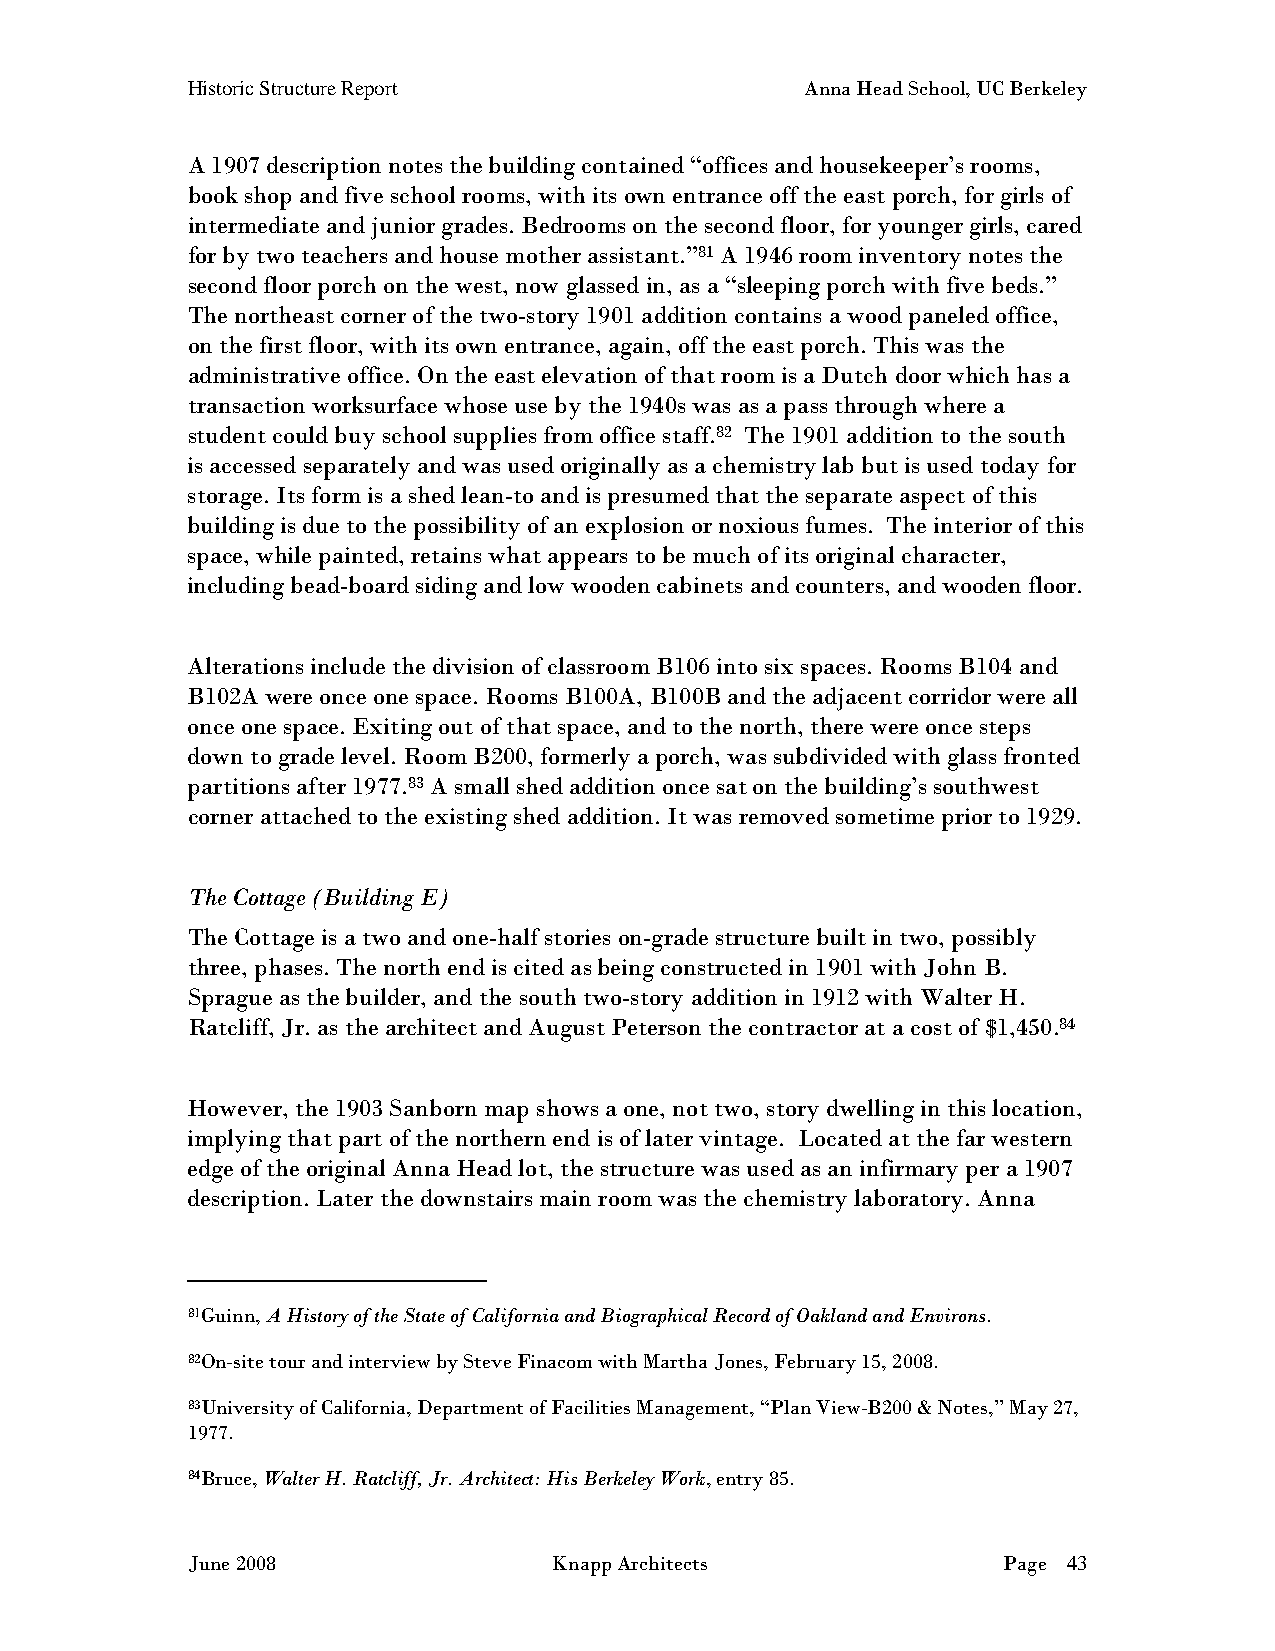
Historic Structure Report                Anna Head School, UC Berkeley
 A 1907 description notes the building contained “offices and housekeeper’s rooms,
 book shop and five school rooms, with its own entrance off the east porch, for girls of
 intermediate and junior grades. Bedrooms on the second floor, for younger girls, cared
 for by two teachers and house mother assistant.”81 A 1946 room inventory notes the
 second floor porch on the west, now glassed in, as a “sleeping porch with five beds.”
 The northeast corner of the two-story 1901 addition contains a wood paneled office,
 on the first floor, with its own entrance, again, off the east porch. This was the
 administrative office. On the east elevation of that room is a Dutch door which has a
 transaction worksurface whose use by the 1940s was as a pass through where a
 student could buy school supplies from office staff.82 The 1901 addition to the south
 is accessed separately and was used originally as a chemistry lab but is used today for
 storage. Its form is a shed lean-to and is presumed that the separate aspect of this
 building is due to the possibility of an explosion or noxious fumes. The interior of this
 space, while painted, retains what appears to be much of its original character,
 including bead-board siding and low wooden cabinets and counters, and wooden floor.
 Alterations include the division of classroom B106 into six spaces. Rooms B104 and
 B102A were once one space. Rooms B100A, B100B and the adjacent corridor were all
 once one space. Exiting out of that space, and to the north, there were once steps
 down to grade level. Room B200, formerly a porch, was subdivided with glass fronted
 partitions after 1977.83 A small shed addition once sat on the building’s southwest
 corner attached to the existing shed addition. It was removed sometime prior to 1929.
 The Cottage (Building E)
 The Cottage is a two and one-half stories on-grade structure built in two, possibly
 three, phases. The north end is cited as being constructed in 1901 with John B.
 Sprague as the builder, and the south two-story addition in 1912 with Walter H.
 Ratcliff, Jr. as the architect and August Peterson the contractor at a cost of $1,450.84
 However, the 1903 Sanborn map shows a one, not two, story dwelling in this location,
 implying that part of the northern end is of later vintage. Located at the far western
 edge of the original Anna Head lot, the structure was used as an infirmary per a 1907
 description. Later the downstairs main room was the chemistry laboratory. Anna
 81Guinn, A History of the State of California and Biographical Record of Oakland and Environs.
 82On-site tour and interview by Steve Finacom with Martha Jones, February 15, 2008.
 83University of California, Department of Facilities Management, “Plan View-B200 & Notes,” May 27,
 1977.
 84Bruce, Walter H. Ratcliff, Jr. Architect: His Berkeley Work, entry 85.
 June 2008                Knapp Architects             Page 43